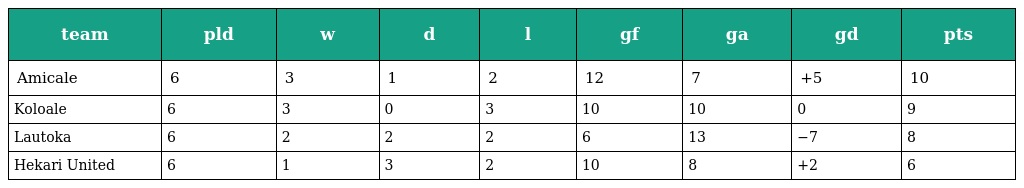
| team | pld | w | d | l | gf | ga | gd | pts |
 | --- | --- | --- | --- | --- | --- | --- | --- | --- |
 | Amicale | 6 | 3 | 1 | 2 | 12 | 7 | +5 | 10 |
 | Koloale | 6 | 3 | 0 | 3 | 10 | 10 | 0 | 9 |
 | Lautoka | 6 | 2 | 2 | 2 | 6 | 13 | −7 | 8 |
 | Hekari United | 6 | 1 | 3 | 2 | 10 | 8 | +2 | 6 |